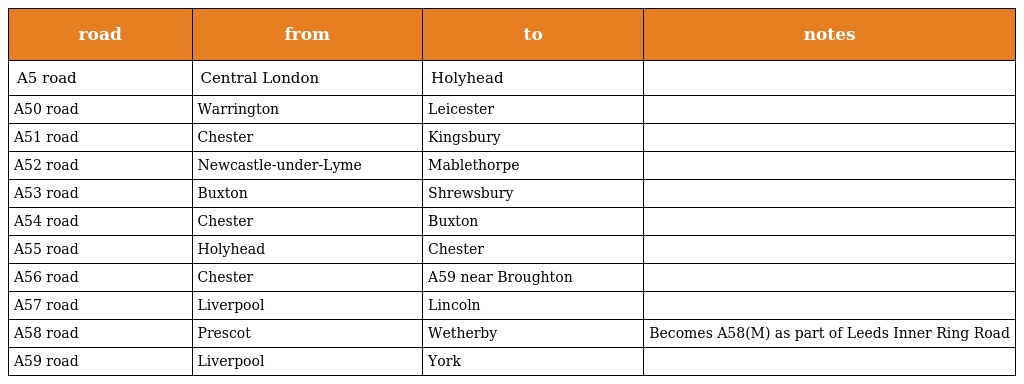
| road | from | to | notes |
 | --- | --- | --- | --- |
 | A5 road | Central London | Holyhead |  |
 | A50 road | Warrington | Leicester |  |
 | A51 road | Chester | Kingsbury |  |
 | A52 road | Newcastle-under-Lyme | Mablethorpe |  |
 | A53 road | Buxton | Shrewsbury |  |
 | A54 road | Chester | Buxton |  |
 | A55 road | Holyhead | Chester |  |
 | A56 road | Chester | A59 near Broughton |  |
 | A57 road | Liverpool | Lincoln |  |
 | A58 road | Prescot | Wetherby | Becomes A58(M) as part of Leeds Inner Ring Road |
 | A59 road | Liverpool | York |  |